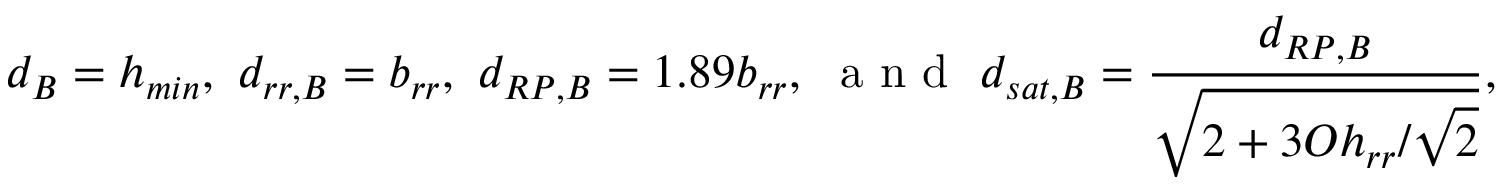
d _ { B } = h _ { m i n } , ~ d _ { r r , B } = b _ { r r } , ~ d _ { R P , B } = 1 . 8 9 b _ { r r } , ~ \textrm { a n d } ~ d _ { s a t , B } = \frac { d _ { R P , B } } { \sqrt { 2 + 3 O h _ { r r } / \sqrt { 2 } } } ,